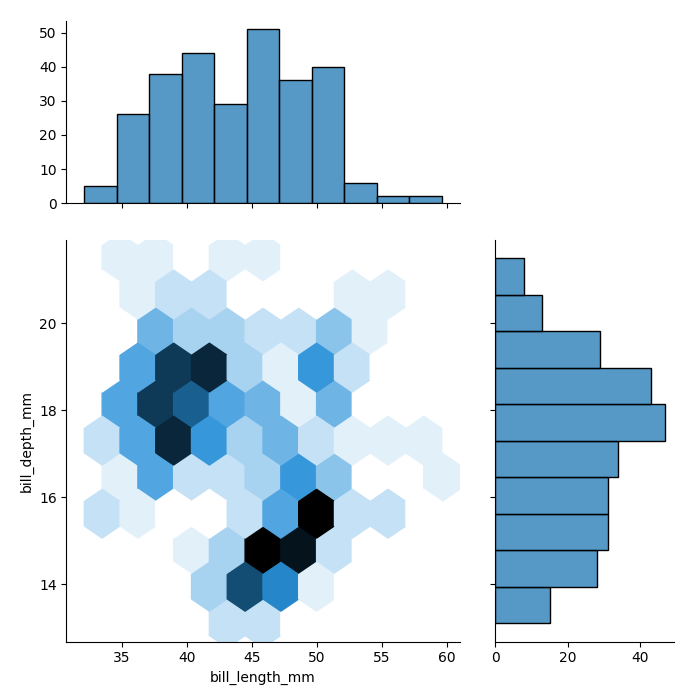
python, seaborn, jointplot, kind='hex', height='7', ratio='2', marginal_ticks='True'